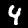
Label: 4